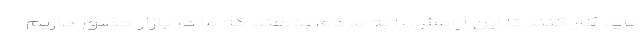
باید کار کنند تا این آرامش را به مردم بدهند که ما در بازار حضور داریم